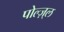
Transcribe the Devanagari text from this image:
पोल्ज़्ल